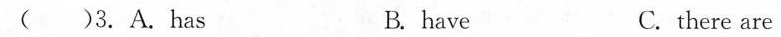
( ) 3.A.has B.have C.there are